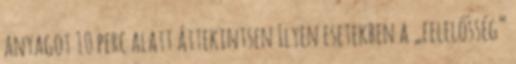
anyagot 10 perc alatt áttekintsen Ilyen esetekben a „felelősség”